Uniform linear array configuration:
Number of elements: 16
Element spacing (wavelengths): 0.75
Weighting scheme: uniform
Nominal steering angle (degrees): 0
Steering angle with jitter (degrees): -0.8001
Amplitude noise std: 0.05
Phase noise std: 0.05

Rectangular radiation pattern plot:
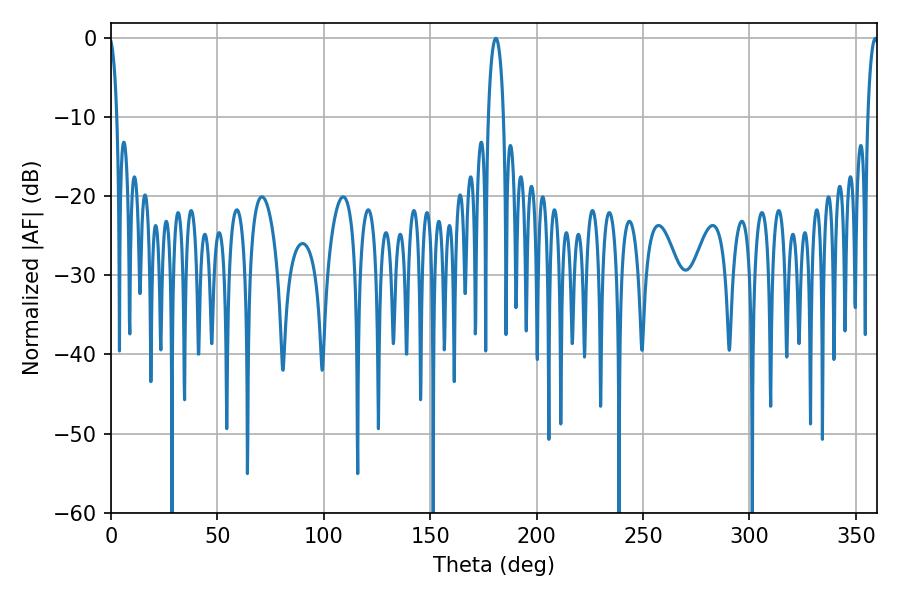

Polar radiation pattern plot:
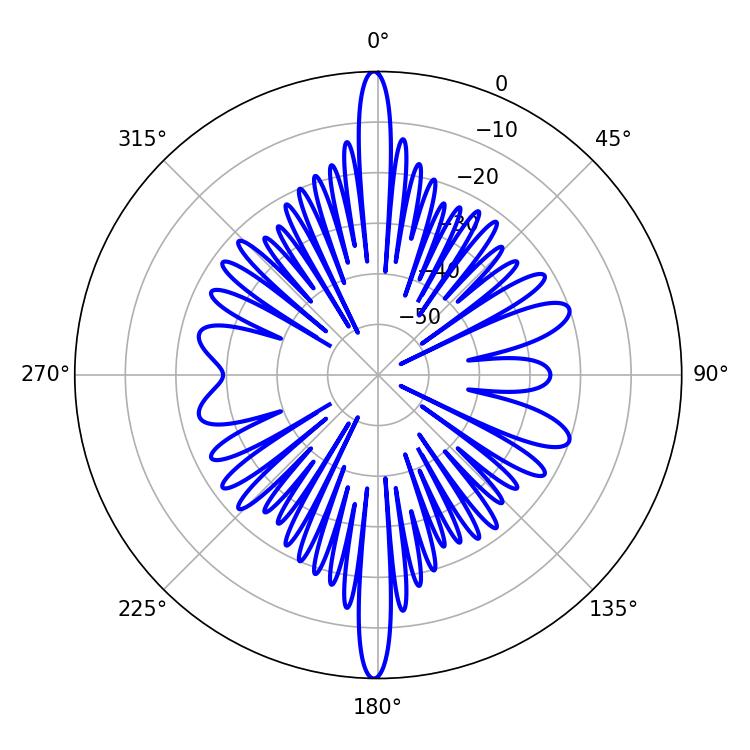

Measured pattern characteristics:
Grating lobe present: TRUE
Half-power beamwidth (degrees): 4.14
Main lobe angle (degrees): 180.9